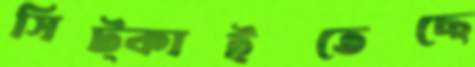
সিট্‌কাইতেছে